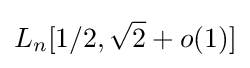
L_{n}[1/2,{\sqrt {2}}+o(1)]